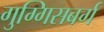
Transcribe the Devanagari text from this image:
गुग्गिसबर्ग